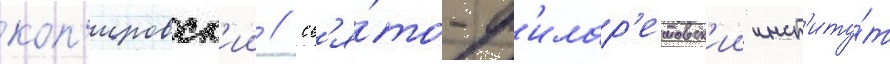
коп'ировск'ии // Св'я́то-ф'илар'етовск'ии инст'иту́т